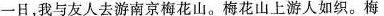
一日，我与友人去游南京梅花山。梅花山上游人如织。梅